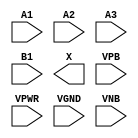
module sky130_fd_sc_ms__a31o (
    //# {{data|Data Signals}}
    input  A1  ,
    input  A2  ,
    input  A3  ,
    input  B1  ,
    output X   ,

    //# {{power|Power}}
    input  VPB ,
    input  VPWR,
    input  VGND,
    input  VNB
);
endmodule